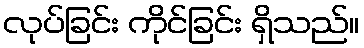
လုပ်ခြင်း ကိုင်ခြင်း ရှိသည်။